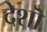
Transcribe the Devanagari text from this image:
देशॊ